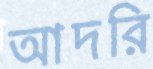
আদরি